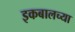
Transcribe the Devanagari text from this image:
इकबालच्या